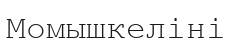
Момышкеліні